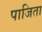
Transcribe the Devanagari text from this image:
पाजिता